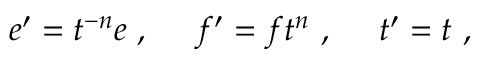
e ^ { \prime } = t ^ { - n } e ~ , ~ ~ ~ ~ f ^ { \prime } = f t ^ { n } ~ , ~ ~ ~ ~ t ^ { \prime } = t ~ ,